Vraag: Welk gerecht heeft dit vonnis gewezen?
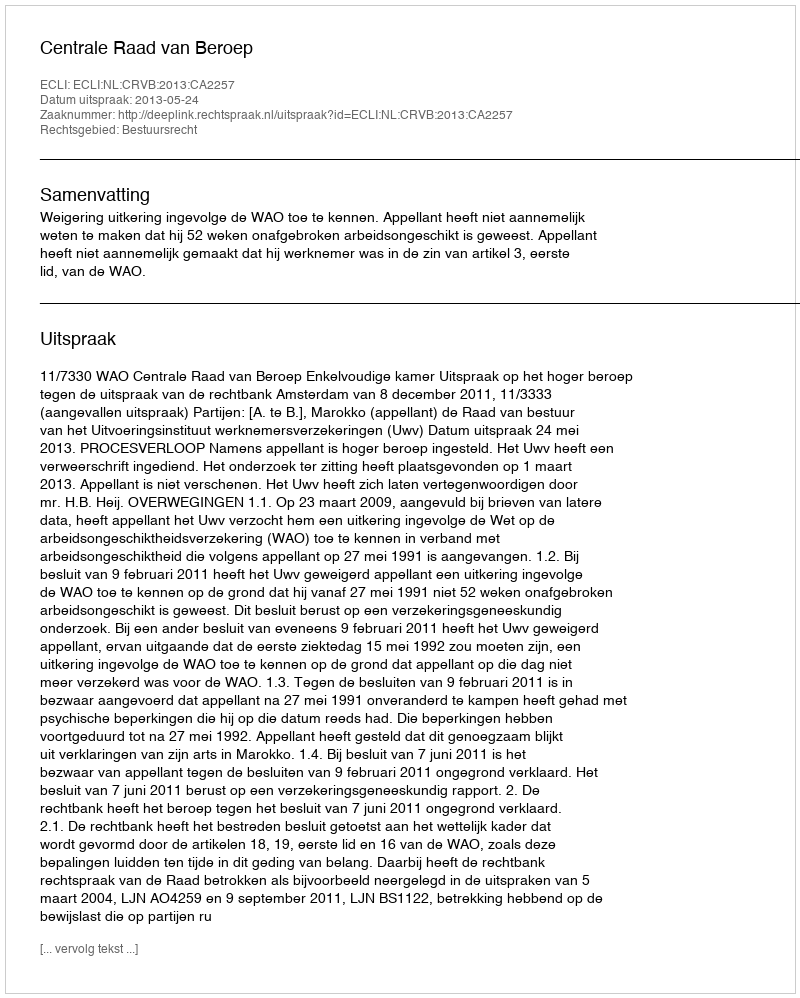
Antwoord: Centrale Raad van Beroep